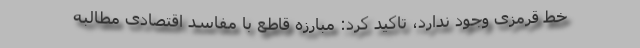
خط قرمزی وجود ندارد، تاکید کرد: مبارزه قاطع با مفاسد اقتصادی مطالبه